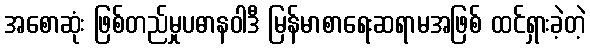
အစောဆုံး ဖြစ်တည်မှုပဓာနဝါဒီ မြန်မာစာရေးဆရာမအဖြစ် ထင်ရှားခဲ့တဲ့